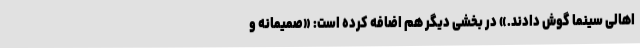
اهالی سینما گوش دادند.» در بخشی دیگر هم اضافه کرده است: «صمیمانه و